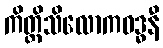
ကိတ္တိသိလောကဝဒ္ဓနီ